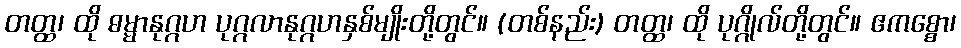
တတ္ထ၊ ထို ဓမ္မာနုဂ္ဂဟ ပုဂ္ဂလာနုဂ္ဂဟနှစ်မျိုးတို့တွင်။ (တစ်နည်း) တတ္ထ၊ ထို ပုဂ္ဂိုလ်တို့တွင်။ ဧကစ္စော၊